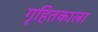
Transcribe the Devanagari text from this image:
गृहितकाला